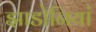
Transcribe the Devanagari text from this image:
झाडोनियां